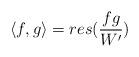
LaTeX: \begin{align*}\langle f,g \rangle = res ( \frac{fg}{W'} )\end{align*}